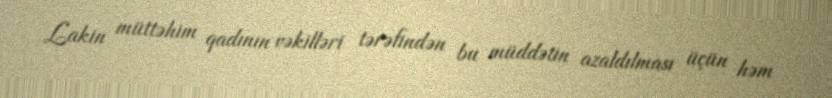
Lakin müttəhim qadının vəkilləri tərəfindən bu müddətin azaldılması üçün həm